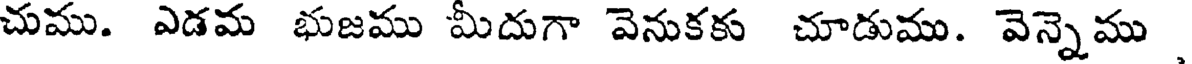
చుము. ఎడమ భుజము మీదుగా వెనుకకు చూడుము. వెన్నెము